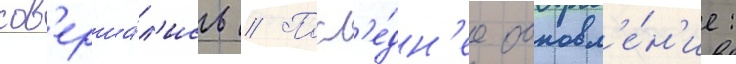
сов'ерша́л'ись // Посл'е́дн'ее обновл'е́н'ие: